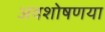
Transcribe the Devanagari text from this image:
अवशोषणया